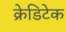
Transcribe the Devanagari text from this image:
क्रेडिटेक